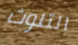
التلوث